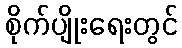
စိုက်ပျိုးရေးတွင်